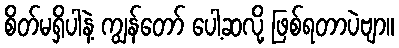
စိတ်မရှိပါနဲ့ ကျွန်တော် ပေါ့ဆလို့ ဖြစ်ရတာပဲဗျာ။